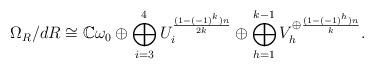
LaTeX: \begin{align*} \Omega_R/dR \cong \mathbb{C} \omega_0 \oplus \bigoplus_{i=3}^{4} U_i^{\frac{(1-(-1)^k)n}{2k} } \oplus \bigoplus_{h=1}^{k-1} V_{h}^{\oplus \frac{(1-(-1)^h)n}{k}}. \end{align*}